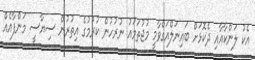
އެކު ލަންކާއާއި ދެކޮޅަށް ބައިނަލްއަގްވާމީ މުޖުތަމައު ނުރުހުން ކުރުމުގެ އިތުރުން ސިޔާސީ މަންފާއެއް